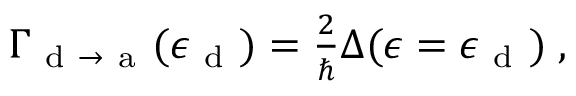
\begin{array} { r } { \Gamma _ { \mathrm { ~ d ~ } \to \mathrm { ~ a ~ } } ( \epsilon _ { \mathrm { ~ d ~ } } ) = \frac { 2 } { \hbar } \Delta ( \epsilon = \epsilon _ { \mathrm { ~ d ~ } } ) \; , } \end{array}